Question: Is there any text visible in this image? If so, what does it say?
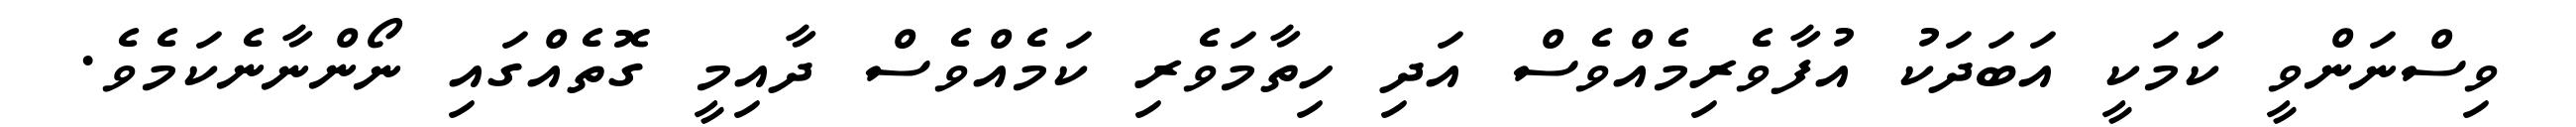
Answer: ވިސްނަންވީ ކަަމަކީ އަބަދަކު އުފާވެރިމެއްވެސް އަދި ހިތާމަވެރި ކަމެއްވެސް ދާއިމީ ގޮތެއްގައި ނޯންނާނެކަމެވެ.